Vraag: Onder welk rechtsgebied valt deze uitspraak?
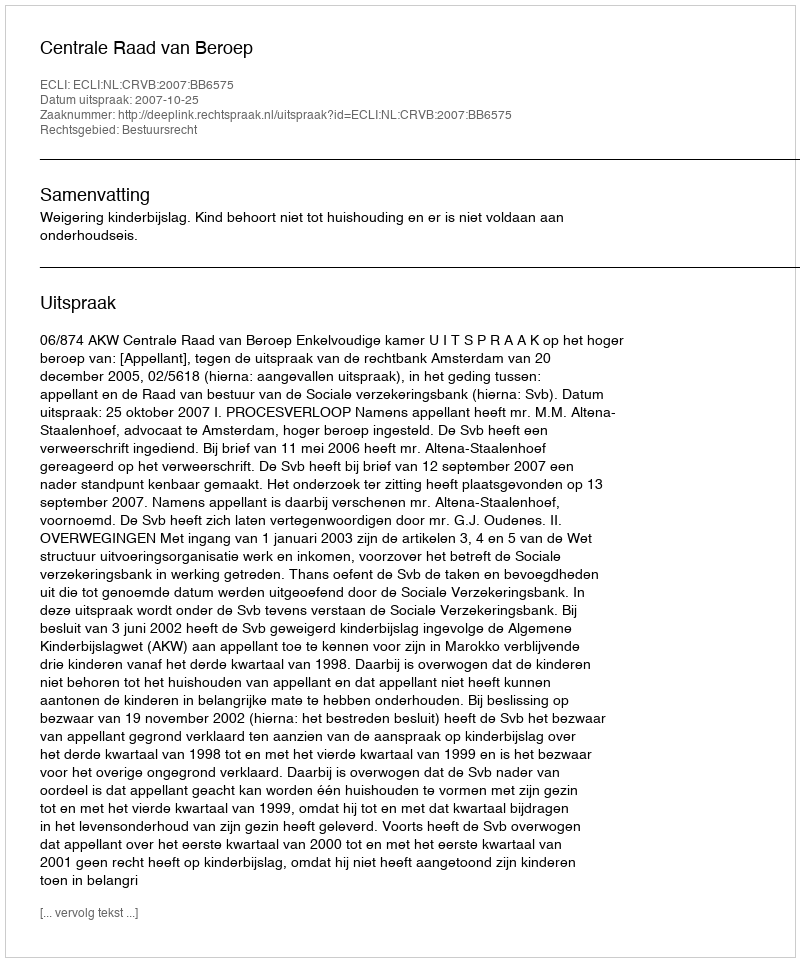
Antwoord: Bestuursrecht